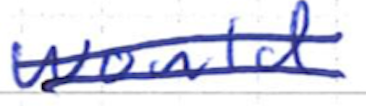
Text: would
Cross-out: double-line
Writing tool: ballpoint